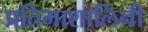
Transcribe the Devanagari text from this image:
प्रतिभाशालिनी